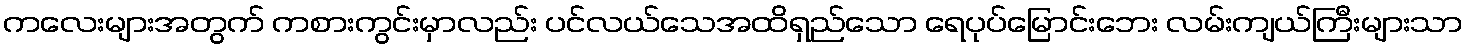
ကလေးများအတွက် ကစားကွင်းမှာလည်း ပင်လယ်သေအထိရှည်သော ရေပုပ်မြောင်းဘေး လမ်းကျယ်ကြီးများသာ